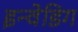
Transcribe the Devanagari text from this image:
इन्वेडिग